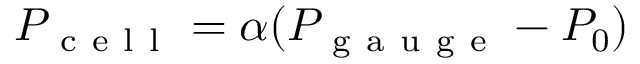
P _ { \mathrm { ~ c ~ e ~ l ~ l ~ } } = \alpha ( P _ { \mathrm { ~ g ~ a ~ u ~ g ~ e ~ } } - P _ { 0 } )